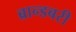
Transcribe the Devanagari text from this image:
ब्रान्डबरी